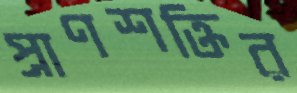
প্রাণশক্তির